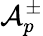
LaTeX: \mathcal{A}_{p}^{\pm}